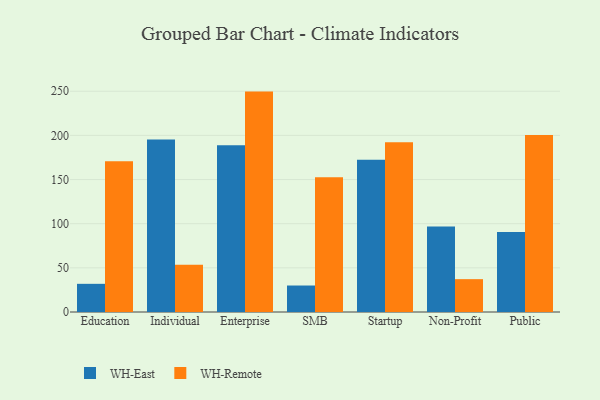
{"axis": {"x": "Segment", "y": "Revenue (USD Million)"}, "legend": ["WH-East", "WH-Remote"], "data": [{"x": "Education", "y": 31.9, "type": "WH-East"}, {"x": "Education", "y": 170.8, "type": "WH-Remote"}, {"x": "Individual", "y": 195.3, "type": "WH-East"}, {"x": "Individual", "y": 53.5, "type": "WH-Remote"}, {"x": "Enterprise", "y": 188.9, "type": "WH-East"}, {"x": "Enterprise", "y": 249.6, "type": "WH-Remote"}, {"x": "SMB", "y": 30.0, "type": "WH-East"}, {"x": "SMB", "y": 152.5, "type": "WH-Remote"}, {"x": "Startup", "y": 172.3, "type": "WH-East"}, {"x": "Startup", "y": 192.1, "type": "WH-Remote"}, {"x": "Non-Profit", "y": 96.7, "type": "WH-East"}, {"x": "Non-Profit", "y": 37.2, "type": "WH-Remote"}, {"x": "Public", "y": 90.5, "type": "WH-East"}, {"x": "Public", "y": 200.5, "type": "WH-Remote"}]}